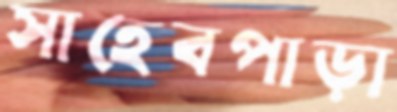
সাহেবপাড়া